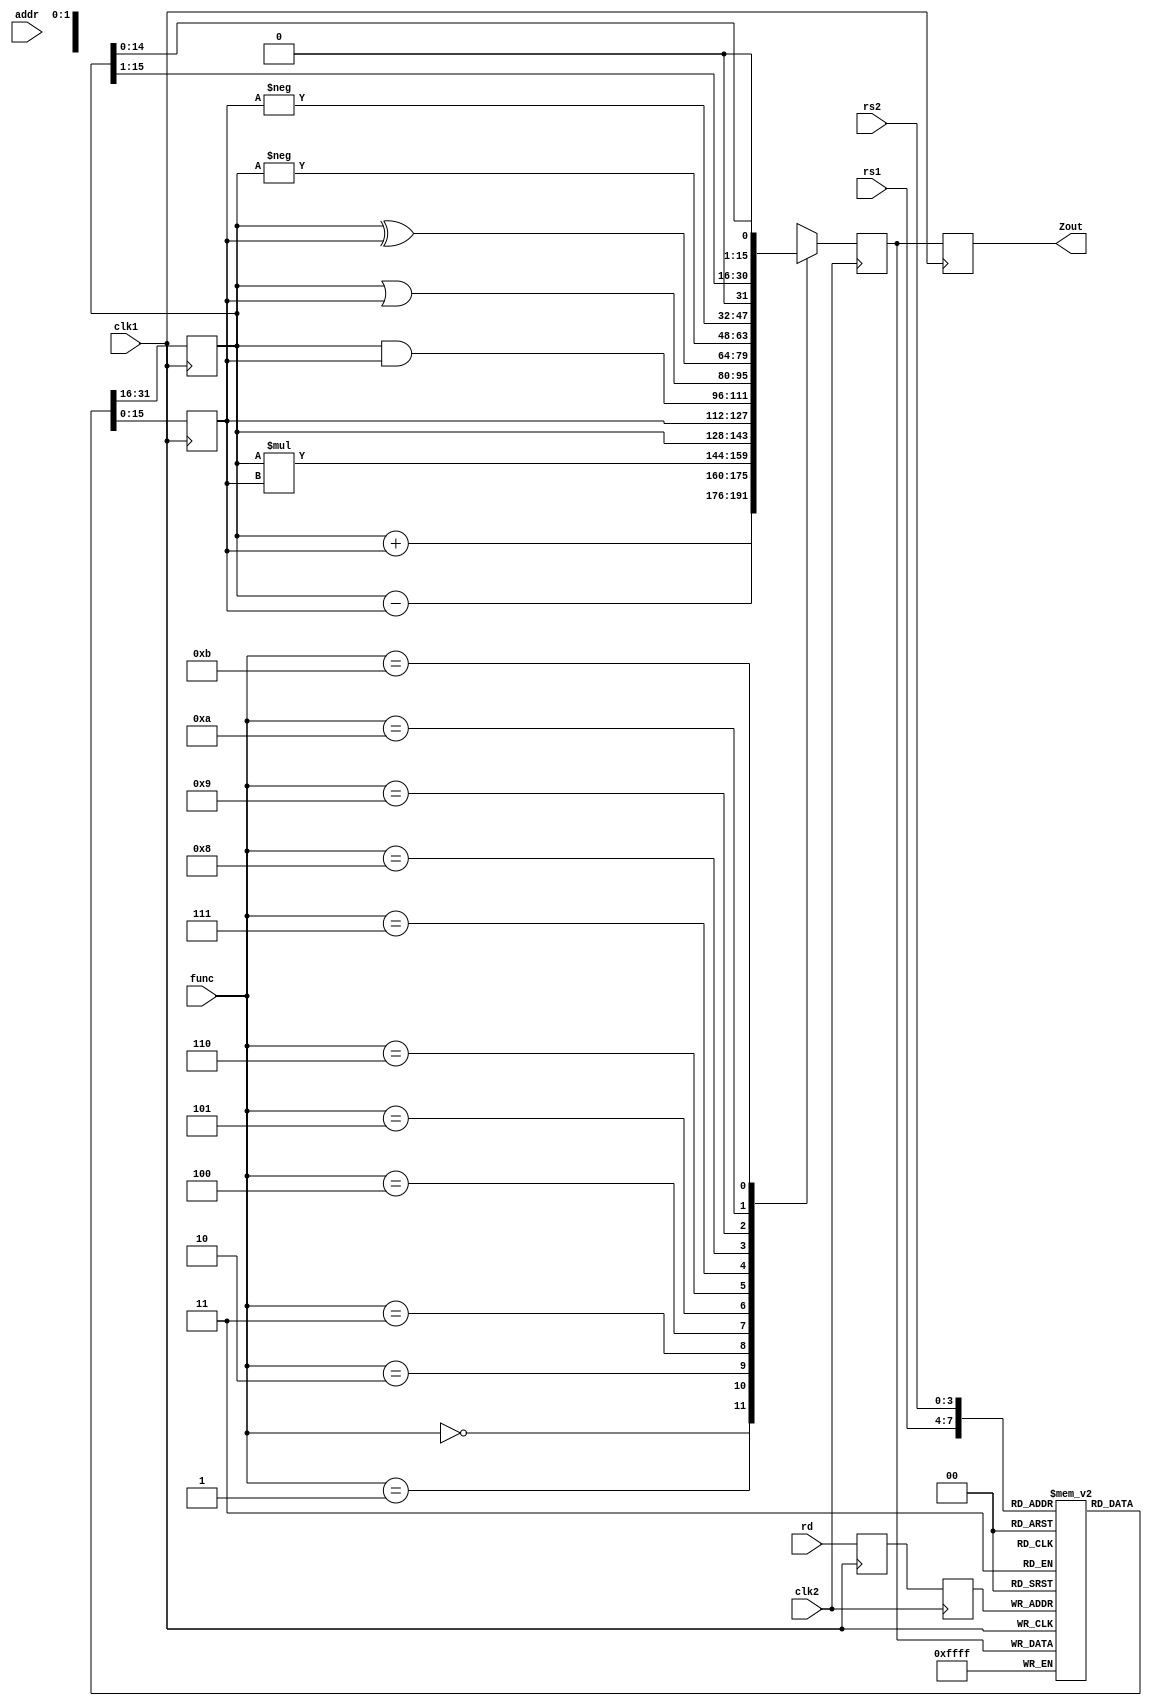
module pipe_4stage (Zout, rs1, rs2, rd, func, addr, clk1, clk2);
input [3:0] rs1, rs2, rd, func;
input [7:0] addr;
input wire clk1, clk2; 
output [15:0] Zout;
reg [15:0] L12_A, L12_B, L23_Z, L34_Z;
reg [3:0] L12_rd, L12_func, L23_rd;
reg [7:0] L12_addr, L23_addr, L34_addr;
reg [15:0] regbank [0:15]; 
reg [15:0] mem [0:255]; 
assign Zout = L34_Z;

always @(posedge clk1)
begin
L12_A <= #2 regbank[rs1];
L12_B <= #2 regbank[rs2];
L12_rd <= #2 rd;
L12_func <= #2 func;
L12_addr <= #2 addr; //stage 1
end

always @(negedge clk2)
begin
case (func)
0: L23_Z <= #2 L12_A + L12_B;
1: L23_Z <= #2 L12_A - L12_B;
2: L23_Z <= #2 L12_A * L12_B;
3: L23_Z <= #2 L12_A;
4: L23_Z <= #2 L12_B;
5: L23_Z <= #2 L12_A & L12_B;
6: L23_Z <= #2 L12_A | L12_B;
7: L23_Z <= #2 L12_A ^ L12_B;
8: L23_Z <= #2 - L12_A;
9: L23_Z <= #2 - L12_B;
10: L23_Z <= #2 L12_A >> 1;
11: L23_Z <= #2 L12_A << 1;
default: L23_Z <= #2 16'hxxxx;
endcase
L23_rd <= #2 L12_rd;
L23_addr <= #2 L12_addr; // stage 2 
end

always @(posedge clk1)
begin
regbank[L23_rd] <= #2 L23_Z;
L34_Z <= #2 L23_Z;
L34_addr <= #2 L23_addr; //STAGE 3 
end
always @(negedge clk2)
begin
mem[L34_addr] <= #2 L34_Z; // STAGE 4 
end
endmodule



module tb_pipe_4stage;
wire [15:0] Z;
reg [3:0] rs1, rs2, rd, func;
reg [7:0] addr;
reg clk1, clk2;
integer k;
pipe_4stage PIPE2 (Z, rs1, rs2, rd, func, addr, clk1, clk2);
initial
begin
clk1 = 0; clk2 = 0;
repeat (20) // Generating two-phase clock
begin
#5 clk1 = 1; #5 clk1 = 0;
#5 clk2 = 1; #5 clk2 = 0;
end
end
initial
for (k=0; k<16; k=k+1)
PIPE2.regbank[k] = k; // Initialize registers

initial
begin
#5 rs1 = 3; rs2 = 5; rd = 10; func = 0; addr = 125; // ADD
#20 rs1 = 3; rs2 = 8; rd = 12; func = 2; addr = 126; // MUL
#20 rs1 = 10; rs2 = 5; rd = 14; func = 1; addr = 128; // SUB
#20 rs1 = 7; rs2 = 3; rd = 13; func = 11; addr = 127; // SLA
#20 rs1 = 10; rs2 = 5; rd = 15; func = 1; addr = 129; // SUB
#20 rs1 = 12; rs2 = 13; rd = 16; func = 0; addr = 130; // ADD
#60 for (k=125; k<131; k=k+1)
$display ("Mem[%3d] = %3d", k, PIPE2.mem[k]);
end
initial
begin
$dumpfile ("pipe_4stage.vcd");
$dumpvars (0, tb_pipe_4stage);
$monitor ($time,":F = %3d",  Z);
#300 $finish;
end
endmodule